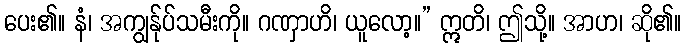
ပေး၏။ နံ၊ အကျွန်ုပ်သမီးကို။ ဂဏှာဟိ၊ ယူလော့။” ဣတိ၊ ဤသို့။ အာဟ၊ ဆို၏။